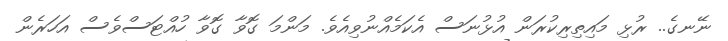
ނޭނގެ.. ރުޅި މައިތިރިކުރަން އުޅުނަސް އެކަމެއްނުވިއެވެ. މަންމަ ގޮވާ ގޮވާ ހުއްޓަސްވެސް އަހަރެން